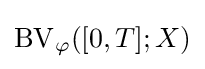
\operatorname {BV} _{\varphi }([0,T];X)